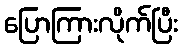
ပြောကြားလိုက်ပြီး